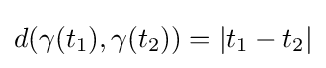
d(\gamma (t_{1}),\gamma (t_{2}))=\left|t_{1}-t_{2}\right|